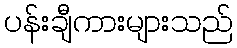
ပန်းချီကားများသည်